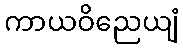
ကာယဝိညေယျံ